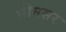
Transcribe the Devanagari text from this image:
भीमसर